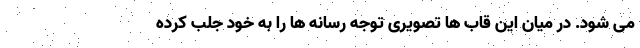
می شود. در میان این قاب ها تصویری توجه رسانه ها را به خود جلب کرده